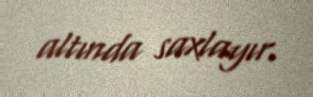
altında saxlayır.